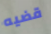
قضيه